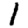
Digit: 1